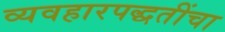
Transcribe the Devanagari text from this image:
व्यवहारपद्धतींचा